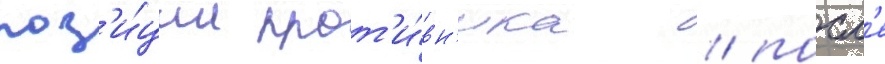
поз'и́ции прот'и́вн'ика / посл'е